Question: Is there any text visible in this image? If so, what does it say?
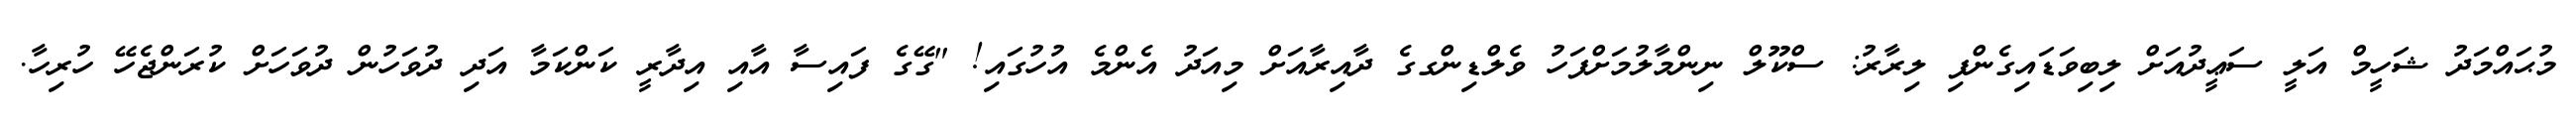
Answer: މުޙައްމަދު ޝަހީމް އަލީ ސަޢީދުއަށް ލިބިވަޑައިގެންފި ލިރާރު: ސްކޫލް ނިންމާލުމަށްފަހު ވެލްޑިންގގެ ދާއިރާއަށް މިއަދު އެންމެ އުހުގައި! "ގޭގެ ފައިސާ އާއި އިދާރީ ކަންކަމާ އަދި ދުވަހުން ދުވަހަށް ކުރަންޖެހޭ ހުރިހާ.